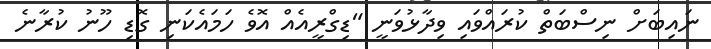
ނައިބަށް ނިސްބަތް ކުރައްވައި ވިދާޅުވަނީ "ޑިގްރީއެއް އޮވެ ހަމައެކަނި ގޮޑި ހޫނު ކުރާނެ